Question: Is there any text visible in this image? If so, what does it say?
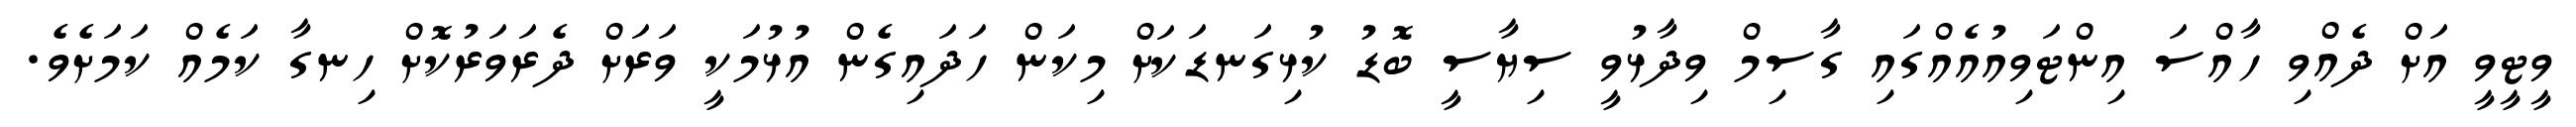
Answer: ވީޓީވީ އަށް ދެއްވި ހާއްސަ އިންޓަވިއުއެއްގައި ގާސިމް ވިދާޅުވީ ސިޔާސީ ބޮޑު ކުޅިގަނޑަކަށް މިކަން ހަދައިގެން އުޅުމަކީ ވަރަށް ދެރަވަރުކޮށް ހިނގާ ކަމެއް ކަމަށެވެ.